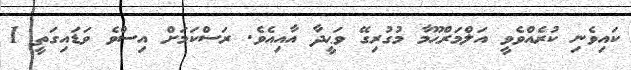
ކައިވެނި ކުރެއްވެވީ އަލްމަރްޙޫމާ މުގުރިގޭ ވަޙީދާ އާއިއެވެ. ރަސްކަމަށް އިސްވެ ވަޑައިގަތީ 1